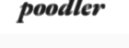
poodler